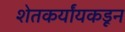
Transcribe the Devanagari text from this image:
शेतकर्यांयकडून